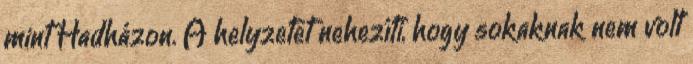
mint Hadházon. A helyzetet nehezíti, hogy sokaknak nem volt